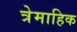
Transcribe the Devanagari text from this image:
त्रेमाहिक